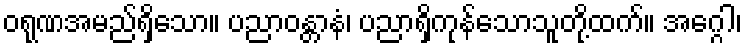
ဝရုဏအမည်ရှိသော။ ပညာဝန္တာနံ၊ ပညာရှိကုန်သောသူတို့ထက်။ အဂ္ဂေါ၊